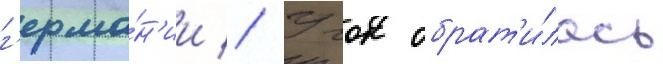
г'ерма́н'ии // Учок обрат'и́лась